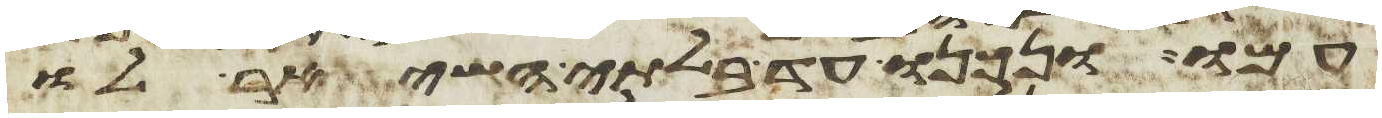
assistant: עמו ונכנו עד בלתי השאיר לו